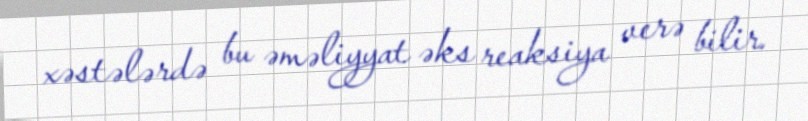
xəstələrdə bu əməliyyat əks reaksiya verə bilir.